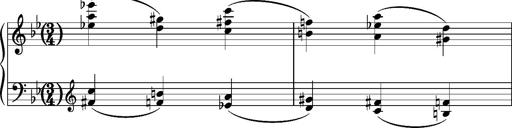
Title: Album-leaf 'Andante con moto' (S.166l/1)
Composer: Franz Liszt
Key: A-flat major (S.166l/1)